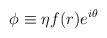
LaTeX: \begin{align*}\phi \equiv \eta f(r)e^{i\theta}\end{align*}